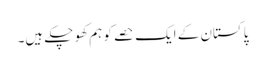
پاکستان کے ایک حصے کو ہم کھو چکے ہیں۔